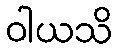
ဝါယသိ